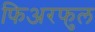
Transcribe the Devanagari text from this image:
फिअरफुल